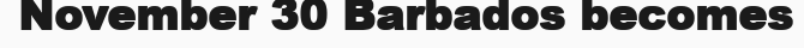
November 30 Barbados becomes